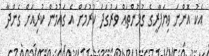
އެކު އޮންނަ ވިޔަފާރީގެ ގުޅުންތައް ވަރުގަދަ ކުރުމަށް އެ ގައުމުން ކުރިއަށް ގެންދާ